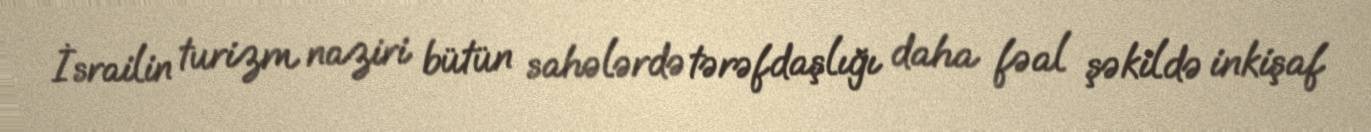
İsrailin turizm naziri bütün sahələrdə tərəfdaşlığı daha fəal şəkildə inkişaf